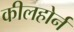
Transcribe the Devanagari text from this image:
कीलहोर्न